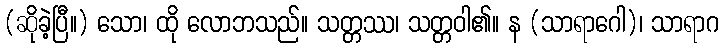
(ဆိုခဲ့ပြီ။) သော၊ ထို လောဘသည်။ သတ္တဿ၊ သတ္တဝါ၏။ န (သာရာဂေါ)၊ သာရာဂ